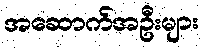
အဆောက်အဦးများ